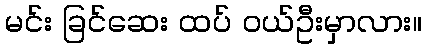
မင်း ခြင်ဆေး ထပ် ဝယ်ဦးမှာလား။